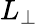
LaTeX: L_{\perp}